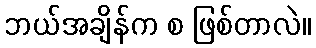
ဘယ်အချိန်က စ ဖြစ်တာလဲ။